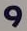
و